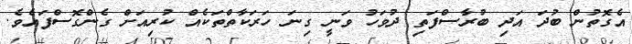
އެގޮތުން ބުދަ އަދި ބުރާސްފަތި ދުވަހު ވަނީ ގިނަ ހަރަކާތްތަކެއް ކުރިއަށް ގެންގޮސްފައެވެ.